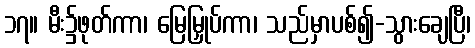
၁၇။ မီး၌ဖုတ်ကာ၊ မြေမြှုပ်ကာ၊ သည်မှာပစ်၍-သွားချေပြီ၊